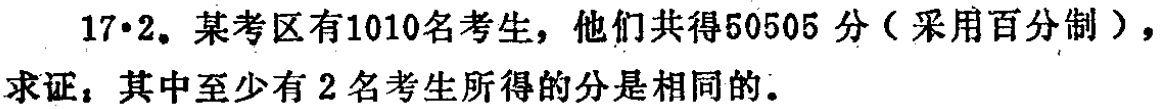
17·2。某考区有1010名考生，他们共得50505分（采用百分制），

求证：其中至少有2名考生所得的分是相同的。